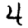
Digit: 4